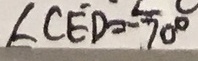
\angle C E D = - 7 0 ^ { \circ }